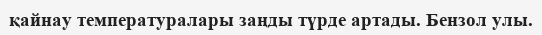
қайнау температуралары заңды түрде артады. Бензол улы.